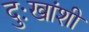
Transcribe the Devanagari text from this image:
दुःखांशी